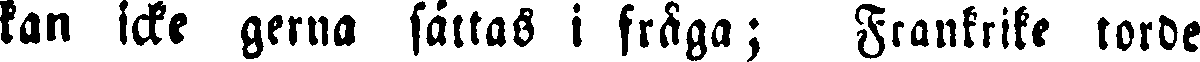
kan icke gerna sättas i fråga; Frankrike torde